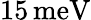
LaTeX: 15\, \mathrm{meV}